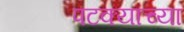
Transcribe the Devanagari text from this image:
पटक्याच्या